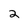
Character: 2